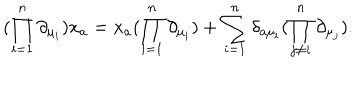
LaTeX: ( \prod _ { i = 1 } ^ { n } \partial _ { \mu _ { i } } ) x _ { a } = x _ { a } ( \prod _ { i = 1 } ^ { n } \partial _ { \mu _ { i } } ) + \sum _ { i = 1 } ^ { n } \delta _ { a \mu _ { i } } ( \prod _ { j \ne i } ^ { n } \partial _ { \mu _ { j } } ) .